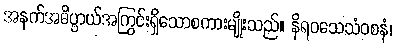
အနက်အဓိပ္ပာယ်အကြွင်းရှိသောစကားမျိုးသည်။ နိရဝသေသံဝစနံ၊